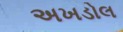
અખડોલ